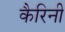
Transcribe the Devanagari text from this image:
कैरिनी